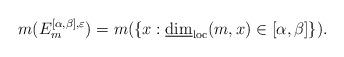
LaTeX: \begin{align*}{m(E_{m}^{[\alpha,\beta],\varepsilon})=m(\left\{x:\underline{\dim}_{\mathrm{loc}}(m,x)\in [\alpha,\beta]\right\})}.\end{align*}